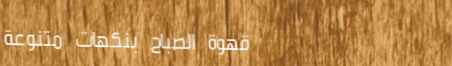
قهوة الصباح بنكهات متنوعة